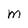
Character: M